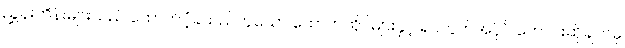
ညွှန်းကိန်းများသည် ထောက်ပံ့ခဲ့သည်ဟူသော ထောက်တိုင်များနှင့် ရပ်ကွက်အပိုင် တောင်းဆိုချက်မှ